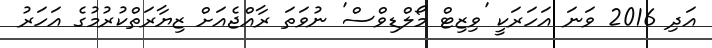
އަދި 2016 ވަނަ އަހަރަކީ 'ވިޒިޓް މޯލްޑިވްސް' ނުވަތަ ރާއްޖެއަށް ޒިޔާރަތްކުުރުމުގެ އަހަރު